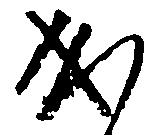
成